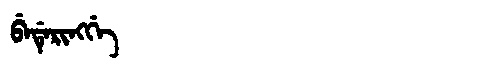
Manchu: ᠪᡝᡩᡝᡵᡳᠩᡤᡝ
Romanization: BEDERINGGE